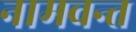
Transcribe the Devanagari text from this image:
नामवन्त